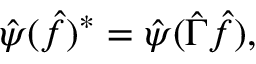
\hat { \psi } ( \hat { f } ) ^ { * } = \hat { \psi } ( \hat { \Gamma } \hat { f } ) ,